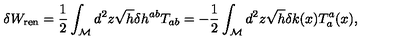
\delta W _ { { \mathrm { \scriptsize { r e n } } } } = \frac { 1 } { 2 } \int _ { \cal M } d ^ { 2 } z \sqrt { h } \delta h ^ { a b } T _ { a b } = - \frac { 1 } { 2 } \int _ { \cal M } d ^ { 2 } z \sqrt { h } \delta k ( x ) T _ { a } ^ { a } ( x ) ,